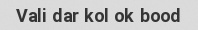
Vali dar kol ok bood